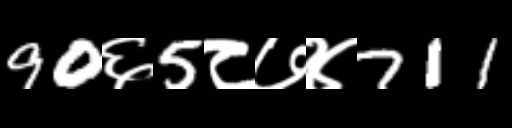
Text: 90६5८७४711